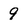
Character: 9